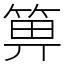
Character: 箅